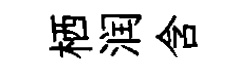
栖润含